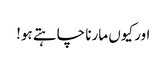
اور کیوں مارنا چاہتے ہو!